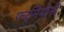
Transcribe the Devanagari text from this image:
फर्मियोनों